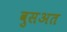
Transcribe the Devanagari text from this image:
वुसअत